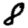
Digit: 8